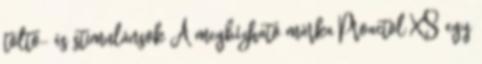
töltő- és stimulánsok A megbízható márka Proactol XS egy